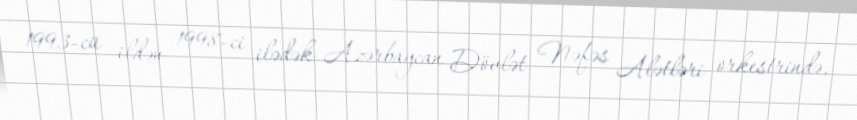
1993-cü ildən 1998-ci ilədək Azərbaycan Dövlət Nəfəs Alətləri orkestrində,